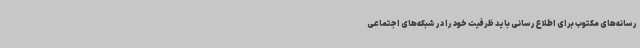
رسانه‌های مکتوب برای اطلاع‌رسانی باید ظرفیت خود را در شبکه‌های اجتماعی